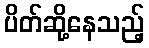
ပိတ်ဆို့နေသည့်